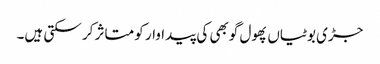
جڑی بوٹیاں پھول گوبھی کی پیداوار کو متاثر کر سکتی ہیں۔